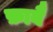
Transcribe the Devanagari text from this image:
फ़ाबै